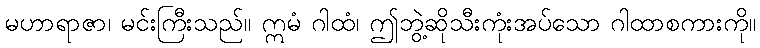
မဟာရာဇာ၊ မင်းကြီးသည်။ ဣမံ ဂါထံ၊ ဤဘွဲ့ဆိုသီးကုံးအပ်သော ဂါထာစကားကို။